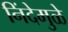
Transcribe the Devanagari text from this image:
निंदेमुळे